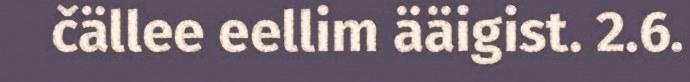
čällee eellim ääigist. 2.6.